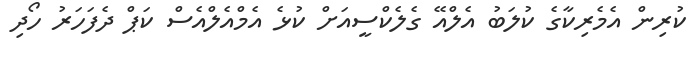
ކުރިން އެމެރިކާގެ ކުލަބު އެލްއޭ ގެލެކްސީއަށް ކުޅެ އެމްއެލްއެސް ކަޕް ދެފަހަރު ހޯދި